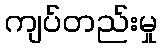
ကျပ်တည်းမှု